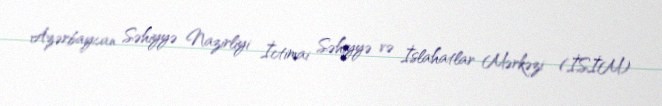
Azərbaycan Səhiyyə Nazirliyi İctimai Səhiyyə və İslahatlar Mərkəzi (İSİM)